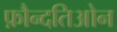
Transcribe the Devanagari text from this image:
फ़ौन्दतिओन